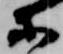
等